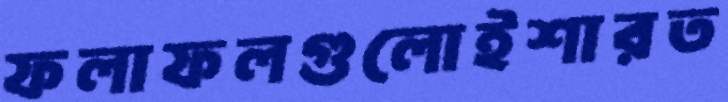
ফলাফলগুলোইশারত